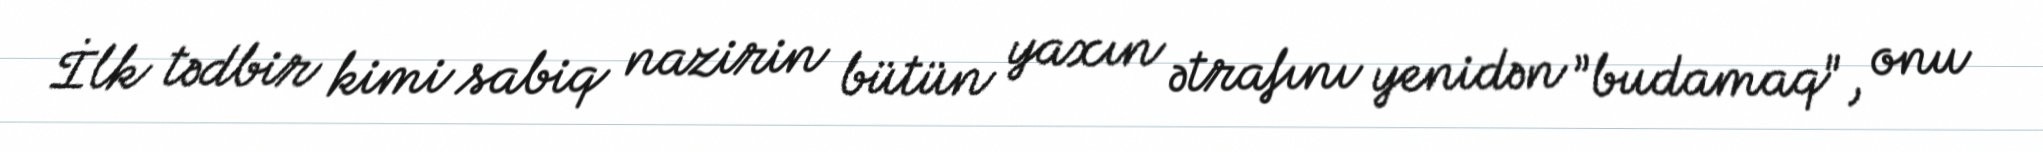
İlk tədbir kimi sabiq nazirin bütün yaxın ətrafını yenidən ”budamaq", onu